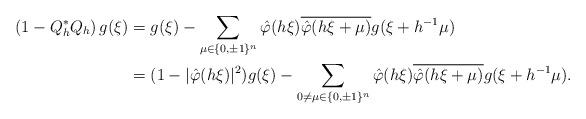
LaTeX: \begin{align*}\left(1-Q_h^*Q_h\right)g(\xi)&=g(\xi)-\sum_{\mu\in\{0,\pm1\}^n} \hat{\varphi}(h\xi)\overline{\hat{\varphi}(h\xi+\mu)}g(\xi+h^{-1}\mu)\\&=(1-|\hat\varphi(h\xi)|^2)g(\xi)-\sum_{0\neq\mu\in\{0,\pm1\}^n} \hat{\varphi}(h\xi)\overline{\hat{\varphi}(h\xi+\mu)}g(\xi+h^{-1}\mu).\end{align*}